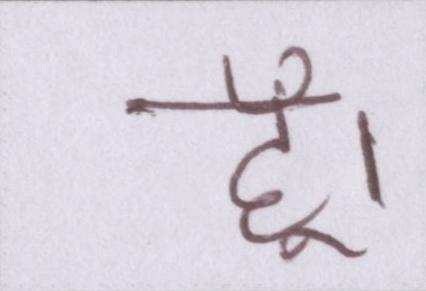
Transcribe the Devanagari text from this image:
हूँ।